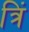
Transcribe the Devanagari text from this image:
त्रिं